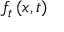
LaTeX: f _ { t } \left( x , t \right)